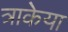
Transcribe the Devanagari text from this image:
त्राकेया